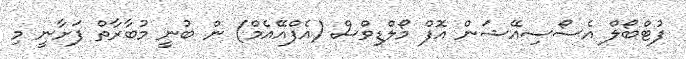
ފުޓްބޯލް އެސޯސިއޭޝަން އޮފް މޯލްޑިވްސް (އެެފްއޭއެމް) ން ބުނީ މުބާރާތް ފަށާނީ މި